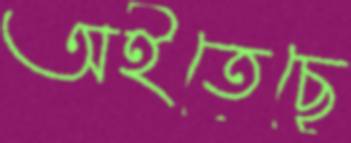
অইতেছে